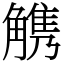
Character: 𧤤